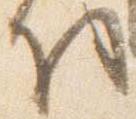
将